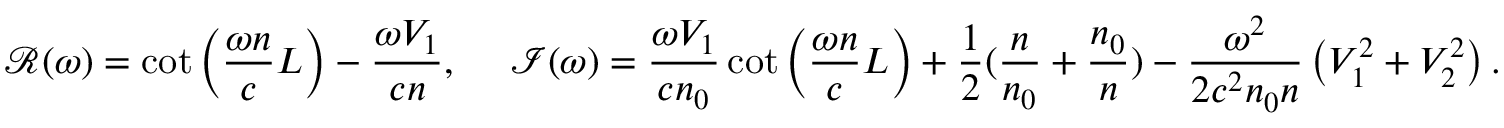
{ \it \mathcal { R } } ( \omega ) = \cot \left( \frac { \omega n } { c } L \right) - \frac { \omega V _ { 1 } } { c n } , \ \ \ \ { \it \mathcal { I } } ( \omega ) = \frac { \omega V _ { 1 } } { c n _ { 0 } } \cot { \left( \frac { \omega n } { c } L \right) } + \frac { 1 } { 2 } ( \frac { n } { n _ { 0 } } + \frac { n _ { 0 } } { n } ) - \frac { \omega ^ { 2 } } { 2 c ^ { 2 } n _ { 0 } n } \left( V _ { 1 } ^ { 2 } + V _ { 2 } ^ { 2 } \right) .